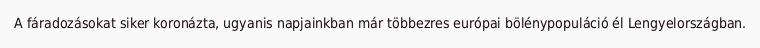
A fáradozásokat siker koronázta, ugyanis napjainkban már többezres európai bölénypopuláció él Lengyelországban.